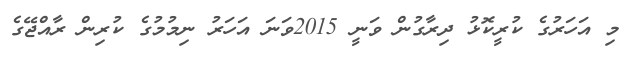
މި އަހަރުގެ ކުރީކޮޅު ދިރާގުން ވަނީ 2015ވަނަ އަހަރު ނިމުމުގެ ކުރިން ރާއްޖޭގެ